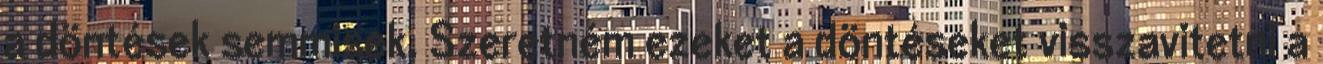
a döntések semmisek. Szeretném ezeket a döntéseket visszavitetni a